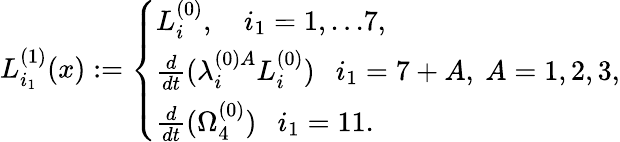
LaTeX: L_{i_{1}}^{(1)}(x):=\left\{ \begin{array}{lll}{{L_{i}^{(0)},~~~\ i_{1}=1,...7,}}\\ {{\frac{d}{dt}(\lambda_{i}^{(0)A}L_{i}^{(0)})~~~i_{1}=7+A,~A=1,2,3,}}\\ {{\frac{d}{dt}(\Omega_{4}^{(0)})~~~i_{1}=11.}}\end{array}\right.